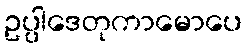
ဥပ္ပါဒေတုကာမောပေ